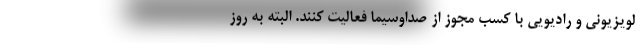
لویزیونی و رادیویی با کسب مجوز از صداوسیما فعالیت کنند. البته به روز